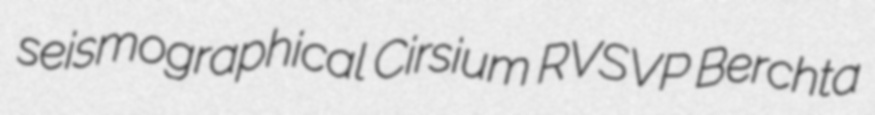
seismographical Cirsium RVSVP Berchta